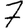
Digit: 7